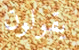
يقولون